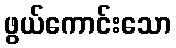
ဖွယ်ကောင်းသော